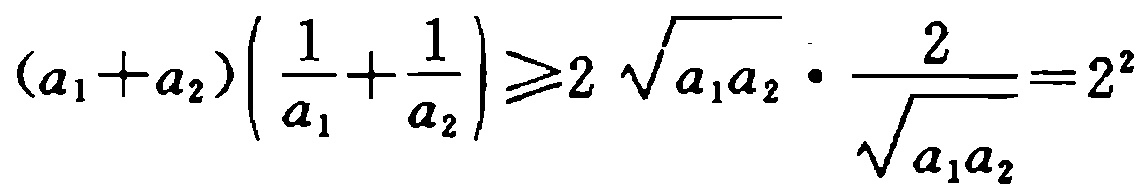
\((a_{1}+a_{2})\left(\frac{1}{a_{1}}+\frac{1}{a_{2}}\right)\geqslant2\sqrt{a_{1}a_{2}}\cdot\frac{2}{\sqrt{a_{1}a_{2}}}=2^{2}\)